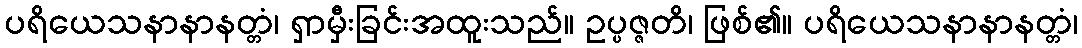
ပရိယေသနာနာနတ္တံ၊ ရှာမှီးခြင်းအထူးသည်။ ဥပ္ပဇ္ဇတိ၊ ဖြစ်၏။ ပရိယေသနာနာနတ္တံ၊